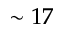
\sim 1 7